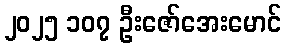
၂၀၂၅ ၁၀၇ ဦးဇော်အေးမောင်